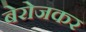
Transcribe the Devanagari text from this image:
बेरोजकर